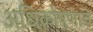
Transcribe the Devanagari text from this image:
अधिकोषणाचे